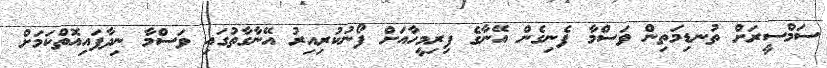
ސަމްސީރަށް ތުނޑިމަތިން ވަސްމާ ފެނިގެން އޭނާގެ ފިރިމީހާއަށް ފޯނުކުރިއިރު އޭނާގާތުގައި ވަސްމާ ނިދާފައިއޮތްކަމަށް